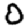
Digit: 0